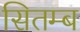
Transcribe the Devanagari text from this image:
सितम्ब